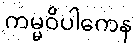
ကမ္မဝိပါကေန